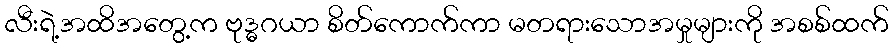
လီးရဲ့အထိအတွေ့က ဗုဒ္ဓဂယာ စိတ်ကောက်ကာ မတရားသောအမှုများကို အစစ်ထက်